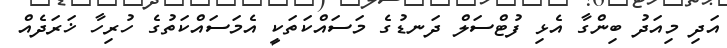
އަދި މިއަދު ބިންގާ އެޅި ފުޓްސަލް ދަނޑުގެ މަސައްކަތަކީ އެމަސައްކަތުގެ ހުރިހާ ޚަރަދެއް